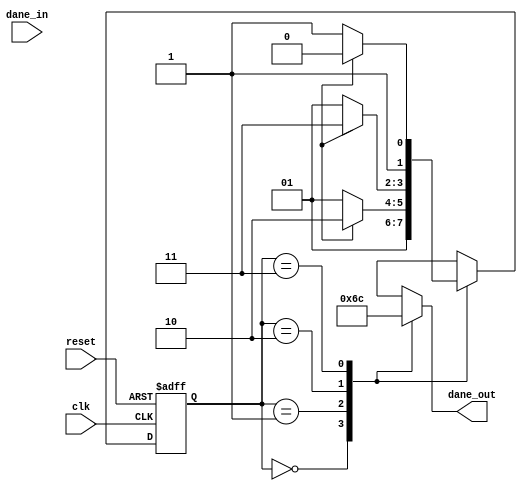
module maszyna_moore
(
	input	clk, dane_in, reset,
	output reg [1:0] dane_out
); // cztero-stanowa maszyna moore'a
	
	// deklaracju stanu rejestru
	reg		[1:0]state;
	
	// deklaracja stanw
	parameter S0 = 0, S1 = 1, S2 = 2, S3 = 3;
	
	// output zaley jedynie od stanw
	always @ (state) begin
		case (state)
			S0:
				dane_out = 2'b01;
			S1:
				dane_out = 2'b10;
			S2:
				dane_out = 2'b11;
			S3:
				dane_out = 2'b00;
			default:
				dane_out = 2'b00;
		endcase
	end
	
	// ustalanie kolejnego stanu
	always @ (posedge clk or posedge reset) begin
		if (reset)
			state <= S0;
		else
			case (state)
				S0:
					state <= S1;
				S1:
					if (data_in)
						state <= S2;
					else
						state <= S1;
				S2:
					if (data_in)
						state <= S3;
					else
						state <= S1;
				S3:
					if (data_in)
						state <= S2;
					else
						state <= S3;
			endcase
	end
	
endmodule